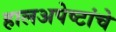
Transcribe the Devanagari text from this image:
हालअपेष्टांचे